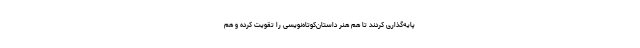
پایه‌گذاری کردند تا هم هنر داستان‌کوتاه‌نویسی را تقویت کرده و هم